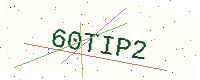
Text: 60TIP2